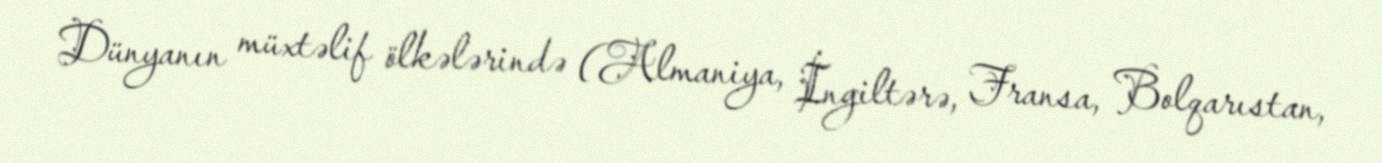
Dünyanın müxtəlif ölkələrində (Almaniya, İngiltərə, Fransa, Bolqarıstan,